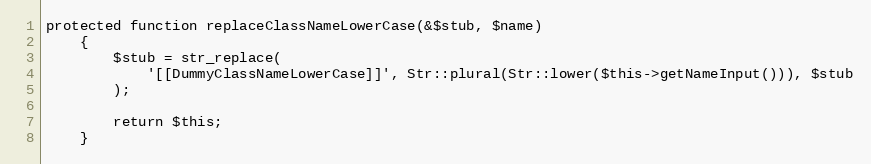
Language: PHP
protected function replaceClassNameLowerCase(&$stub, $name)
    {
        $stub = str_replace(
            '[[DummyClassNameLowerCase]]', Str::plural(Str::lower($this->getNameInput())), $stub
        );

        return $this;
    }